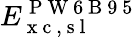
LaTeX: E_{\mathrm{~x~c~,~s~l~}}^{\mathrm{~P~W~6~B~9~5~}}